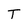
Character: T